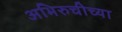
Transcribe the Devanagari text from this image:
अभिरुचीच्या